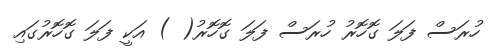
ހުރަސް ފަލަ ގޮހޮރު ހުރަސް ފަލަ ގޮހޮރު( ) އަކީ ފަލަ ގޮހޮރުގައި